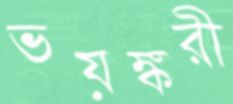
ভয়ঙ্করী